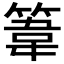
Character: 𥯤